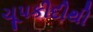
ચૂપકીદીથી